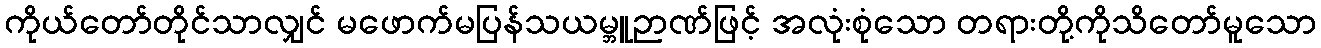
ကိုယ်တော်တိုင်သာလျှင် မဖောက်မပြန်သယမ္ဘူဉာဏ်ဖြင့် အလုံးစုံသော တရားတို့ကိုသိတော်မူသော